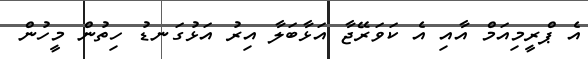
އެ ޕްރީމިއަމް އާއި އެ ކަވަރޭޖާ އަޅާބަލާ އިރު އަޅުގަނޑު ހިތުން މީހުން